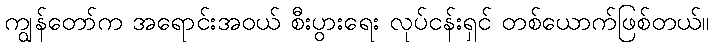
ကျွန်တော်က အရောင်းအဝယ် စီးပွားရေး လုပ်ငန်းရှင် တစ်ယောက်ဖြစ်တယ်။